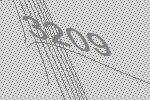
3209